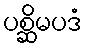
ပစ္ဆိမပဒံ